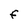
Character: F